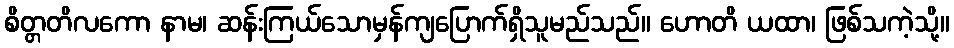
စိတ္တတိလကော နာမ၊ ဆန်းကြယ်သောမှန်ကျပြောက်ရှိသူမည်သည်။ ဟောတိ ယထာ၊ ဖြစ်သကဲ့သို့။